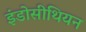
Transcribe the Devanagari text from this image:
इंडोसीथियन